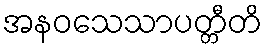
အနဝသေသာပတ္တီတိ